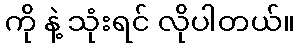
ကို နဲ့ သုံးရင် လိုပါတယ်။